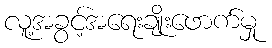
လူ့အခွင့်အရေးချိုးဖောက်မှု